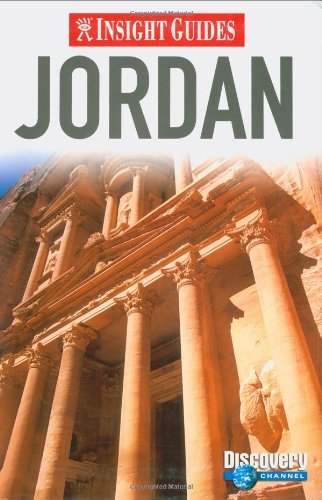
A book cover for Insight Guides: Jordan; Praca Zbiorowa; Travel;